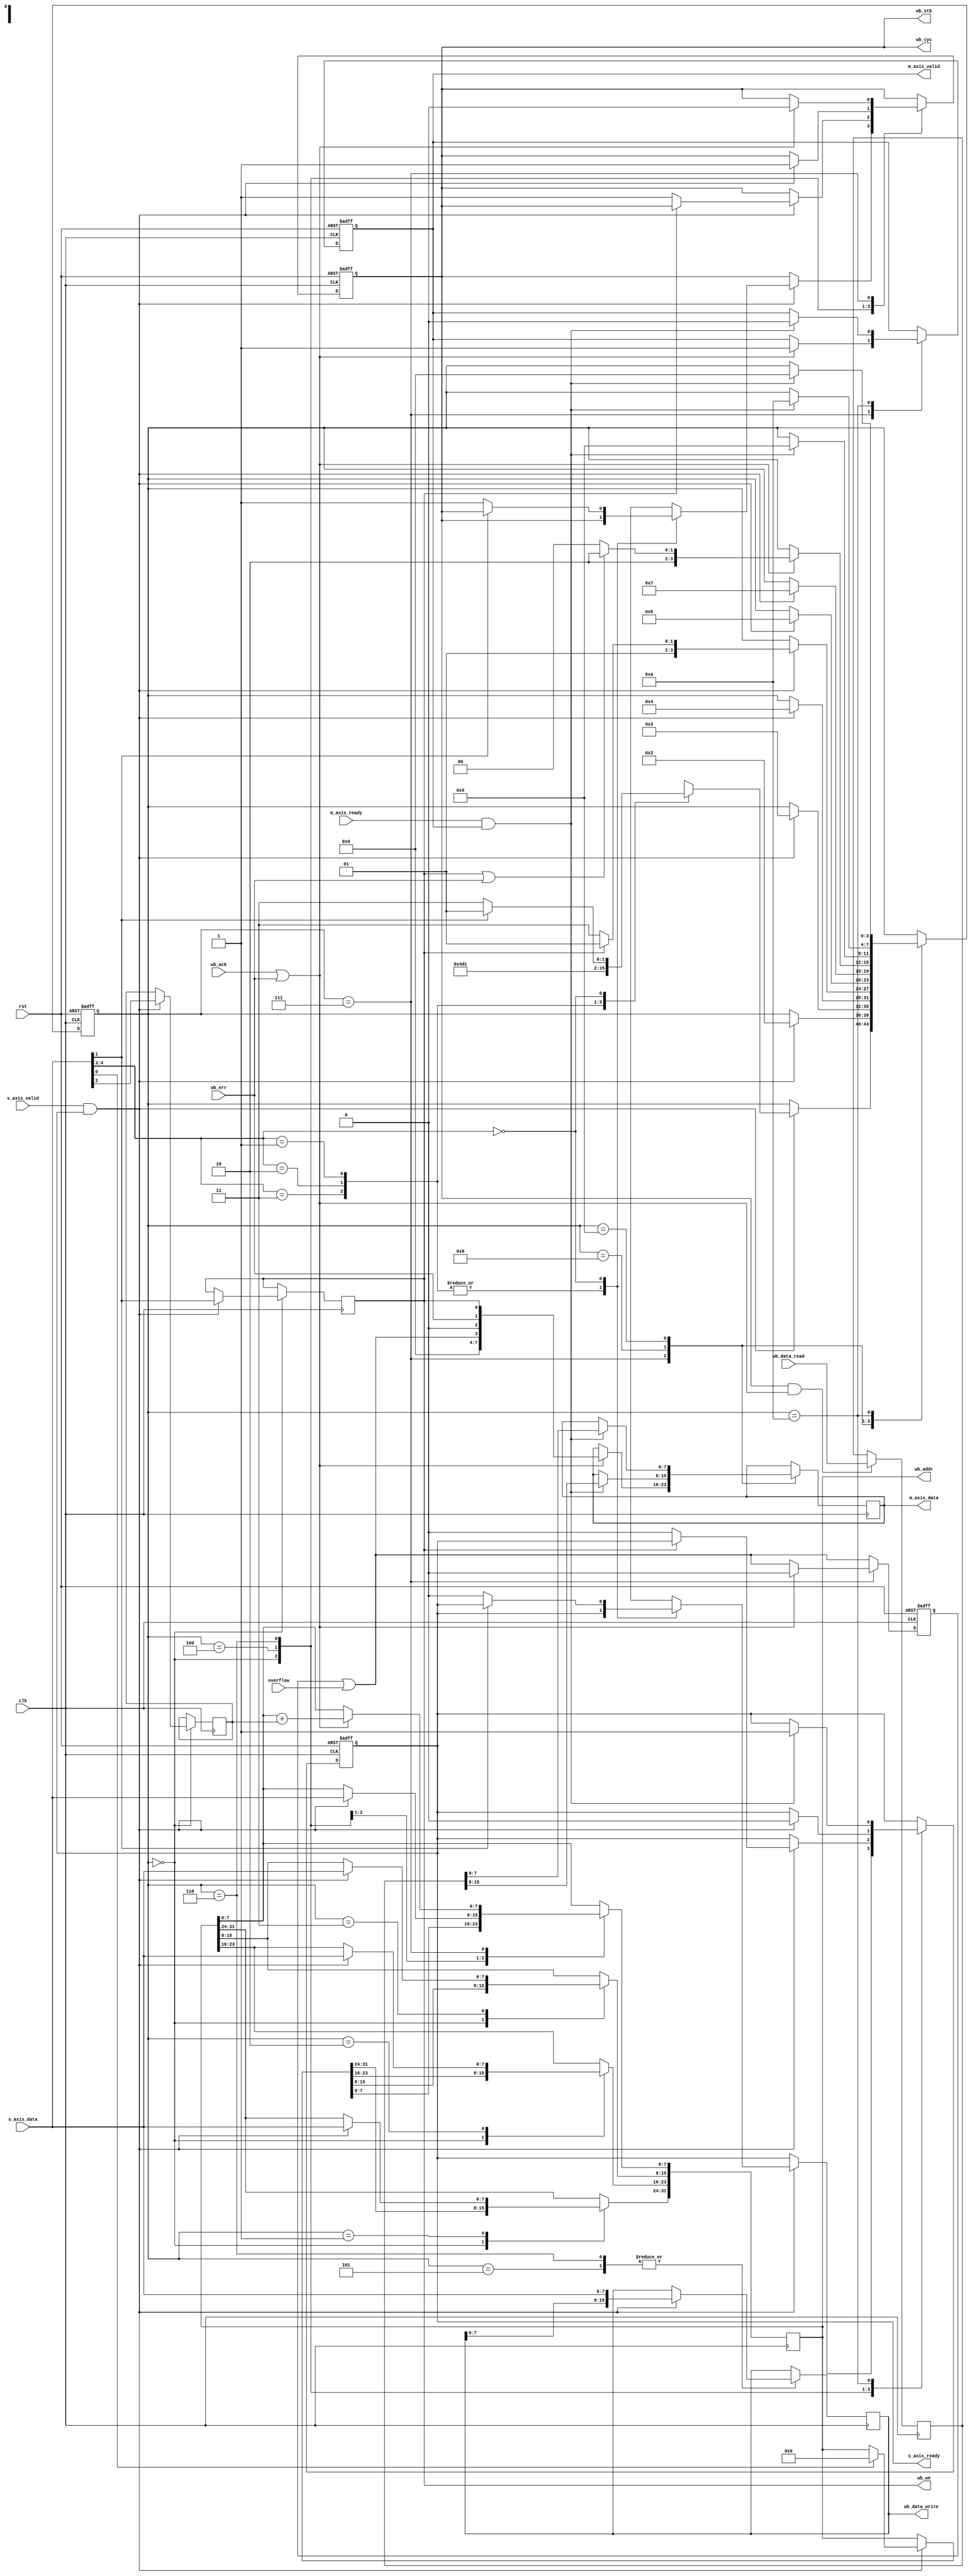
module axis_wb_bridge (
	input clk,
	input rst,

	output reg s_axis_ready,
	input s_axis_valid,
	input [7:0] s_axis_data,

	input m_axis_ready,
	output reg m_axis_valid,
	output reg [7:0] m_axis_data,

	/* Wishbone */
	input wb_ack, wb_err,
	output reg wb_cyc, wb_stb, wb_we,
	output reg [ADDR_WIDTH - 1:0] wb_addr,
	output reg [DATA_WIDTH - 1:0] wb_data_write,
	input [DATA_WIDTH - 1:0] wb_data_read,

	input overflow
);

	parameter ADDR_WIDTH	= 32;
	generate if (ADDR_WIDTH % 8)
		     $error("Unsupported ADDR_WIDTH");
	endgenerate
	/* The data width is not parametric for now */
	localparam DATA_WIDTH	= 16;

	localparam IDLE		= 0;
	localparam ADDR3	= 1;
	localparam ADDR2	= 2;
	localparam ADDR1	= 3;
	localparam ADDR0	= 4;
	localparam DATA1	= 5;
	localparam DATA0	= 6;
	localparam BUS		= 7;
	localparam RESP2	= 8;
	localparam RESP1	= 9;
	localparam RESP0	= 10;

	reg s_axis_ready_next, m_axis_valid_next;
	reg [7:0] m_axis_data_next;
	reg wb_ack_last, wb_err_last;
	reg wb_stb_next, wb_we_next;
	reg [ADDR_WIDTH - 1:0] wb_addr_next;
	reg [DATA_WIDTH - 1:0] wb_data_write_next, wb_data_latch, wb_data_latch_next;
	reg [3:0] state, state_next;
	reg overflow_latch, overflow_latch_next, postinc, postinc_next;

	always @(*) begin
		s_axis_ready_next = s_axis_ready;
		m_axis_valid_next = m_axis_valid;
		m_axis_data_next = m_axis_data;

		wb_cyc = wb_stb;
		wb_stb_next = wb_stb;
		wb_we_next = wb_we;
		wb_addr_next = wb_addr;
		wb_data_write_next = wb_data_write;
		if (wb_stb && (wb_err || wb_ack))
			wb_data_latch_next = wb_data_read;
		else
			wb_data_latch_next = wb_data_latch;

		state_next = state;
		postinc_next = postinc;
		overflow_latch_next = overflow_latch || overflow;

		case (state)
		IDLE: if (s_axis_valid && s_axis_ready) begin
			if (s_axis_data[0])
				wb_addr_next = {ADDR_WIDTH{1'b0}};
			wb_we_next = s_axis_data[1];
			postinc_next = s_axis_data[2];
			case (s_axis_data[4:3])
			2'd3: state_next = ADDR3;
			2'd2: state_next = ADDR1;
			2'd1: state_next = ADDR0;
			2'd0: if (wb_we_next) begin
				state_next = DATA1;
			end else begin
				state_next = BUS;
				wb_stb_next = 1;
				s_axis_ready_next = 0;
			end
			endcase
		end
		ADDR3: if (s_axis_valid && s_axis_ready) begin
			if (ADDR_WIDTH >= 32)
				wb_addr_next[31:24] = s_axis_data;
			state_next = ADDR2;
		end
		ADDR2: if (s_axis_valid && s_axis_ready) begin
			if (ADDR_WIDTH >= 24)
				wb_addr_next[23:16] = s_axis_data;
			state_next = ADDR1;
		end
		ADDR1: if (s_axis_valid && s_axis_ready) begin
			if (ADDR_WIDTH >= 16)
				wb_addr_next[15:8] = s_axis_data;
			state_next = ADDR0;
		end
		ADDR0: if (s_axis_valid && s_axis_ready) begin
			if (ADDR_WIDTH >= 8)
				wb_addr_next[7:0] = s_axis_data;
			if (wb_we) begin
				state_next = DATA1;
			end else begin
				state_next = BUS;
				wb_stb_next = 1;
				s_axis_ready_next = 0;
			end
		end
		DATA1: if (s_axis_valid && s_axis_ready) begin
			wb_data_write_next = { wb_data_write[7:0], s_axis_data };
			state_next = DATA0;
		end
		DATA0: if(s_axis_valid && s_axis_ready) begin
			wb_data_write_next = { wb_data_write[7:0], s_axis_data };
			state_next = BUS;
			wb_stb_next = 1;
			s_axis_ready_next = 0;
		end
		BUS: if (wb_ack || wb_err) begin
			wb_stb_next = 0;
			wb_addr_next[7:0] = wb_addr[7:0] + postinc;
			m_axis_valid_next = 1;
			m_axis_data_next = { 4'b0, overflow_latch_next, 1'b0, wb_err, wb_we };
			overflow_latch_next = 0;
			state_next = wb_we || wb_err ? RESP0 : RESP2;
		end
		RESP2: if (m_axis_ready && m_axis_valid) begin
			m_axis_data_next = wb_data_latch[15:8];
			state_next = RESP1;
		end
		RESP1: if (m_axis_ready && m_axis_valid) begin
			m_axis_data_next = wb_data_latch[7:0];
			state_next = RESP0;
		end
		RESP0: if (m_axis_ready && m_axis_valid) begin
			m_axis_valid_next = 0;
			s_axis_ready_next = 1;
			state_next = IDLE;
		end
		endcase
	end

	always @(posedge clk) begin
		m_axis_data <= m_axis_data_next;
		wb_we <= wb_we_next;
		wb_addr <= wb_addr_next;
		wb_data_write <= wb_data_write_next;
		wb_data_latch <= wb_data_latch_next;
		postinc <= postinc_next;
	end

	always @(posedge clk, posedge rst) begin
		if (rst) begin
			s_axis_ready <= 1;
			m_axis_valid <= 0;
			wb_ack_last <= 0;
			wb_err_last <= 0;
			wb_stb <= 0;
			state <= IDLE;
			overflow_latch <= 0;
		end else begin
			s_axis_ready <= s_axis_ready_next;
			m_axis_valid <= m_axis_valid_next;
			wb_ack_last <= wb_ack;
			wb_err_last <= wb_err;
			wb_stb <= wb_stb_next;
			state <= state_next;
			overflow_latch <= overflow_latch_next;
		end
	end

`ifndef SYNTHESIS
	reg [255:0] state_text;

	always @(*) begin
		case (state)
		IDLE: state_text = "IDLE";
		ADDR3: state_text = "ADDR3";
		ADDR2: state_text = "ADDR2";
		ADDR1: state_text = "ADDR1";
		ADDR0: state_text = "ADDR0";
		DATA1: state_text = "DATA1";
		DATA0: state_text = "DATA0";
		BUS: state_text = "BUS";
		RESP2: state_text = "RESP2";
		RESP1: state_text = "RESP1";
		RESP0: state_text = "RESP0";
		endcase
	end
`endif

endmodule